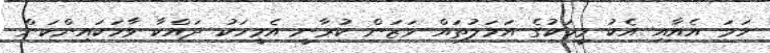
ހަމަ އެއާއި އެކު މީހަކުގެ އަމަލުތައް ވަޒަން ކުރާނީ އެމީހަކު ދައްކާ ވާހަކައިންކަން